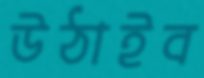
উঠাইব